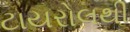
ટાયરોલથી